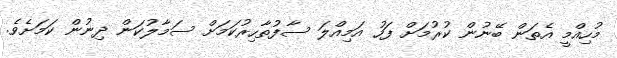
މުހިއްމީ އެތަން ބޭނުން ކުރުމަށް ފަހު އަމިއްލަ ސާފުތާހިރުކަމަށް ސަމާލުކަން ދިނުން ކަމަށެވެ.